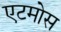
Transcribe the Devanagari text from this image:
एटमोस